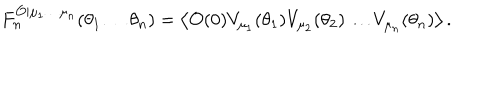
LaTeX: F _ { n } ^ { { \cal O } | \mu _ { 1 } \ldots \mu _ { n } } ( \theta _ { 1 } \ldots \theta _ { n } ) = \left\langle { \cal O } ( 0 ) V _ { \mu _ { 1 } } ( \theta _ { 1 } ) V _ { \mu _ { 2 } } ( \theta _ { 2 } ) \ldots V _ { \mu _ { n } } ( \theta _ { n } ) \right\rangle .